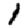
Digit: 1